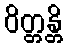
ဝိတ္တန္တိ